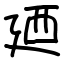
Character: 廼